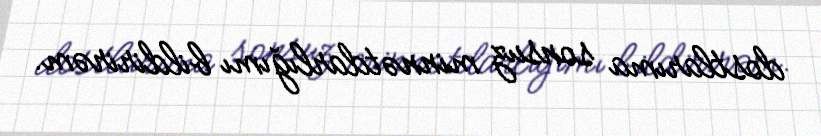
dostlarıma sonsuz minnətdarlığımı bildirirəm.